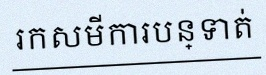
រកសមីការបន្ទាត់